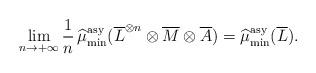
LaTeX: \begin{align*}\lim_{n\rightarrow+\infty }\frac 1n\operatorname{\widehat{\mu}_{\min}^{\mathrm{asy}}}(\overline L^{\otimes n}\otimes\overline M\otimes\overline A)=\operatorname{\widehat{\mu}_{\min}^{\mathrm{asy}}}(\overline L).\end{align*}